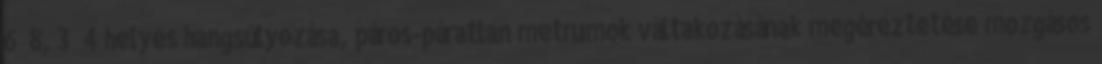
6 8, 3 4 helyes hangsúlyozása, páros-páratlan metrumok váltakozásának megéreztetése mozgásos